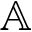
\mathbb A